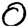
Digit: 0